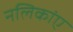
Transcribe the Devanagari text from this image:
नलिकांए